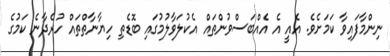
ނިންމާފައިވާ ކަމަށެވެ. އެއީ އެ އެއްބަސްވުންތައް އެކުލަވާލުމުގައި ބޮޑެތި ހިޔާނާތްތައް ހުރެދާނެ ކަމުގެ